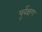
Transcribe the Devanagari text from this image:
पूर्वक्षण